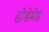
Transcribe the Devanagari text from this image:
डोडेमेड